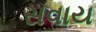
સવાય